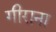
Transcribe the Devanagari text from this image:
गीराना